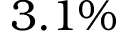
3 . 1 \%